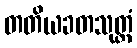
တတိယခတသုတ္တံ